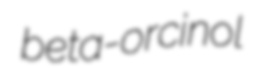
beta-orcinol